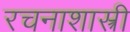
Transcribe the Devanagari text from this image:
रचनाशास्त्री